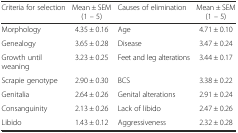
<table><thead><tr><td><b>Criteria for selection</b></td><td><b>Mean ± SEM (1 – 5)</b></td><td><b>Causes of elimination</b></td><td><b>Mean ± SEM (1 – 5)</b></td></tr></thead><tbody><tr><td>Morphology</td><td>4.35 ± 0.16</td><td>Age</td><td>4.71 ± 0.10</td></tr><tr><td>Genealogy</td><td>3.65 ± 0.28</td><td>Disease</td><td>3.47 ± 0.24</td></tr><tr><td>Growth until weaning</td><td>3.23 ± 0.25</td><td>Feet and leg alterations</td><td>3.44 ± 0.17</td></tr><tr><td>Scrapie genotype</td><td>2.90 ± 0.30</td><td>BCS</td><td>3.38 ± 0.22</td></tr><tr><td>Genitalia</td><td>2.64 ± 0.26</td><td>Genital alterations</td><td>2.91 ± 0.24</td></tr><tr><td>Consanguinity</td><td>2.13 ± 0.26</td><td>Lack of libido</td><td>2.47 ± 0.26</td></tr><tr><td>Libido</td><td>1.43 ± 0.12</td><td>Aggressiveness</td><td>2.32 ± 0.28</td></tr></tbody></table>